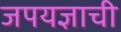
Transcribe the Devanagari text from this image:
जपयज्ञाची